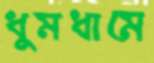
ধুমধামে